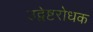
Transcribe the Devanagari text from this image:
उद्वेष्टरोधक